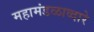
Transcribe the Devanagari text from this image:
महामंडळाव्दारे